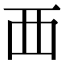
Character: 覀